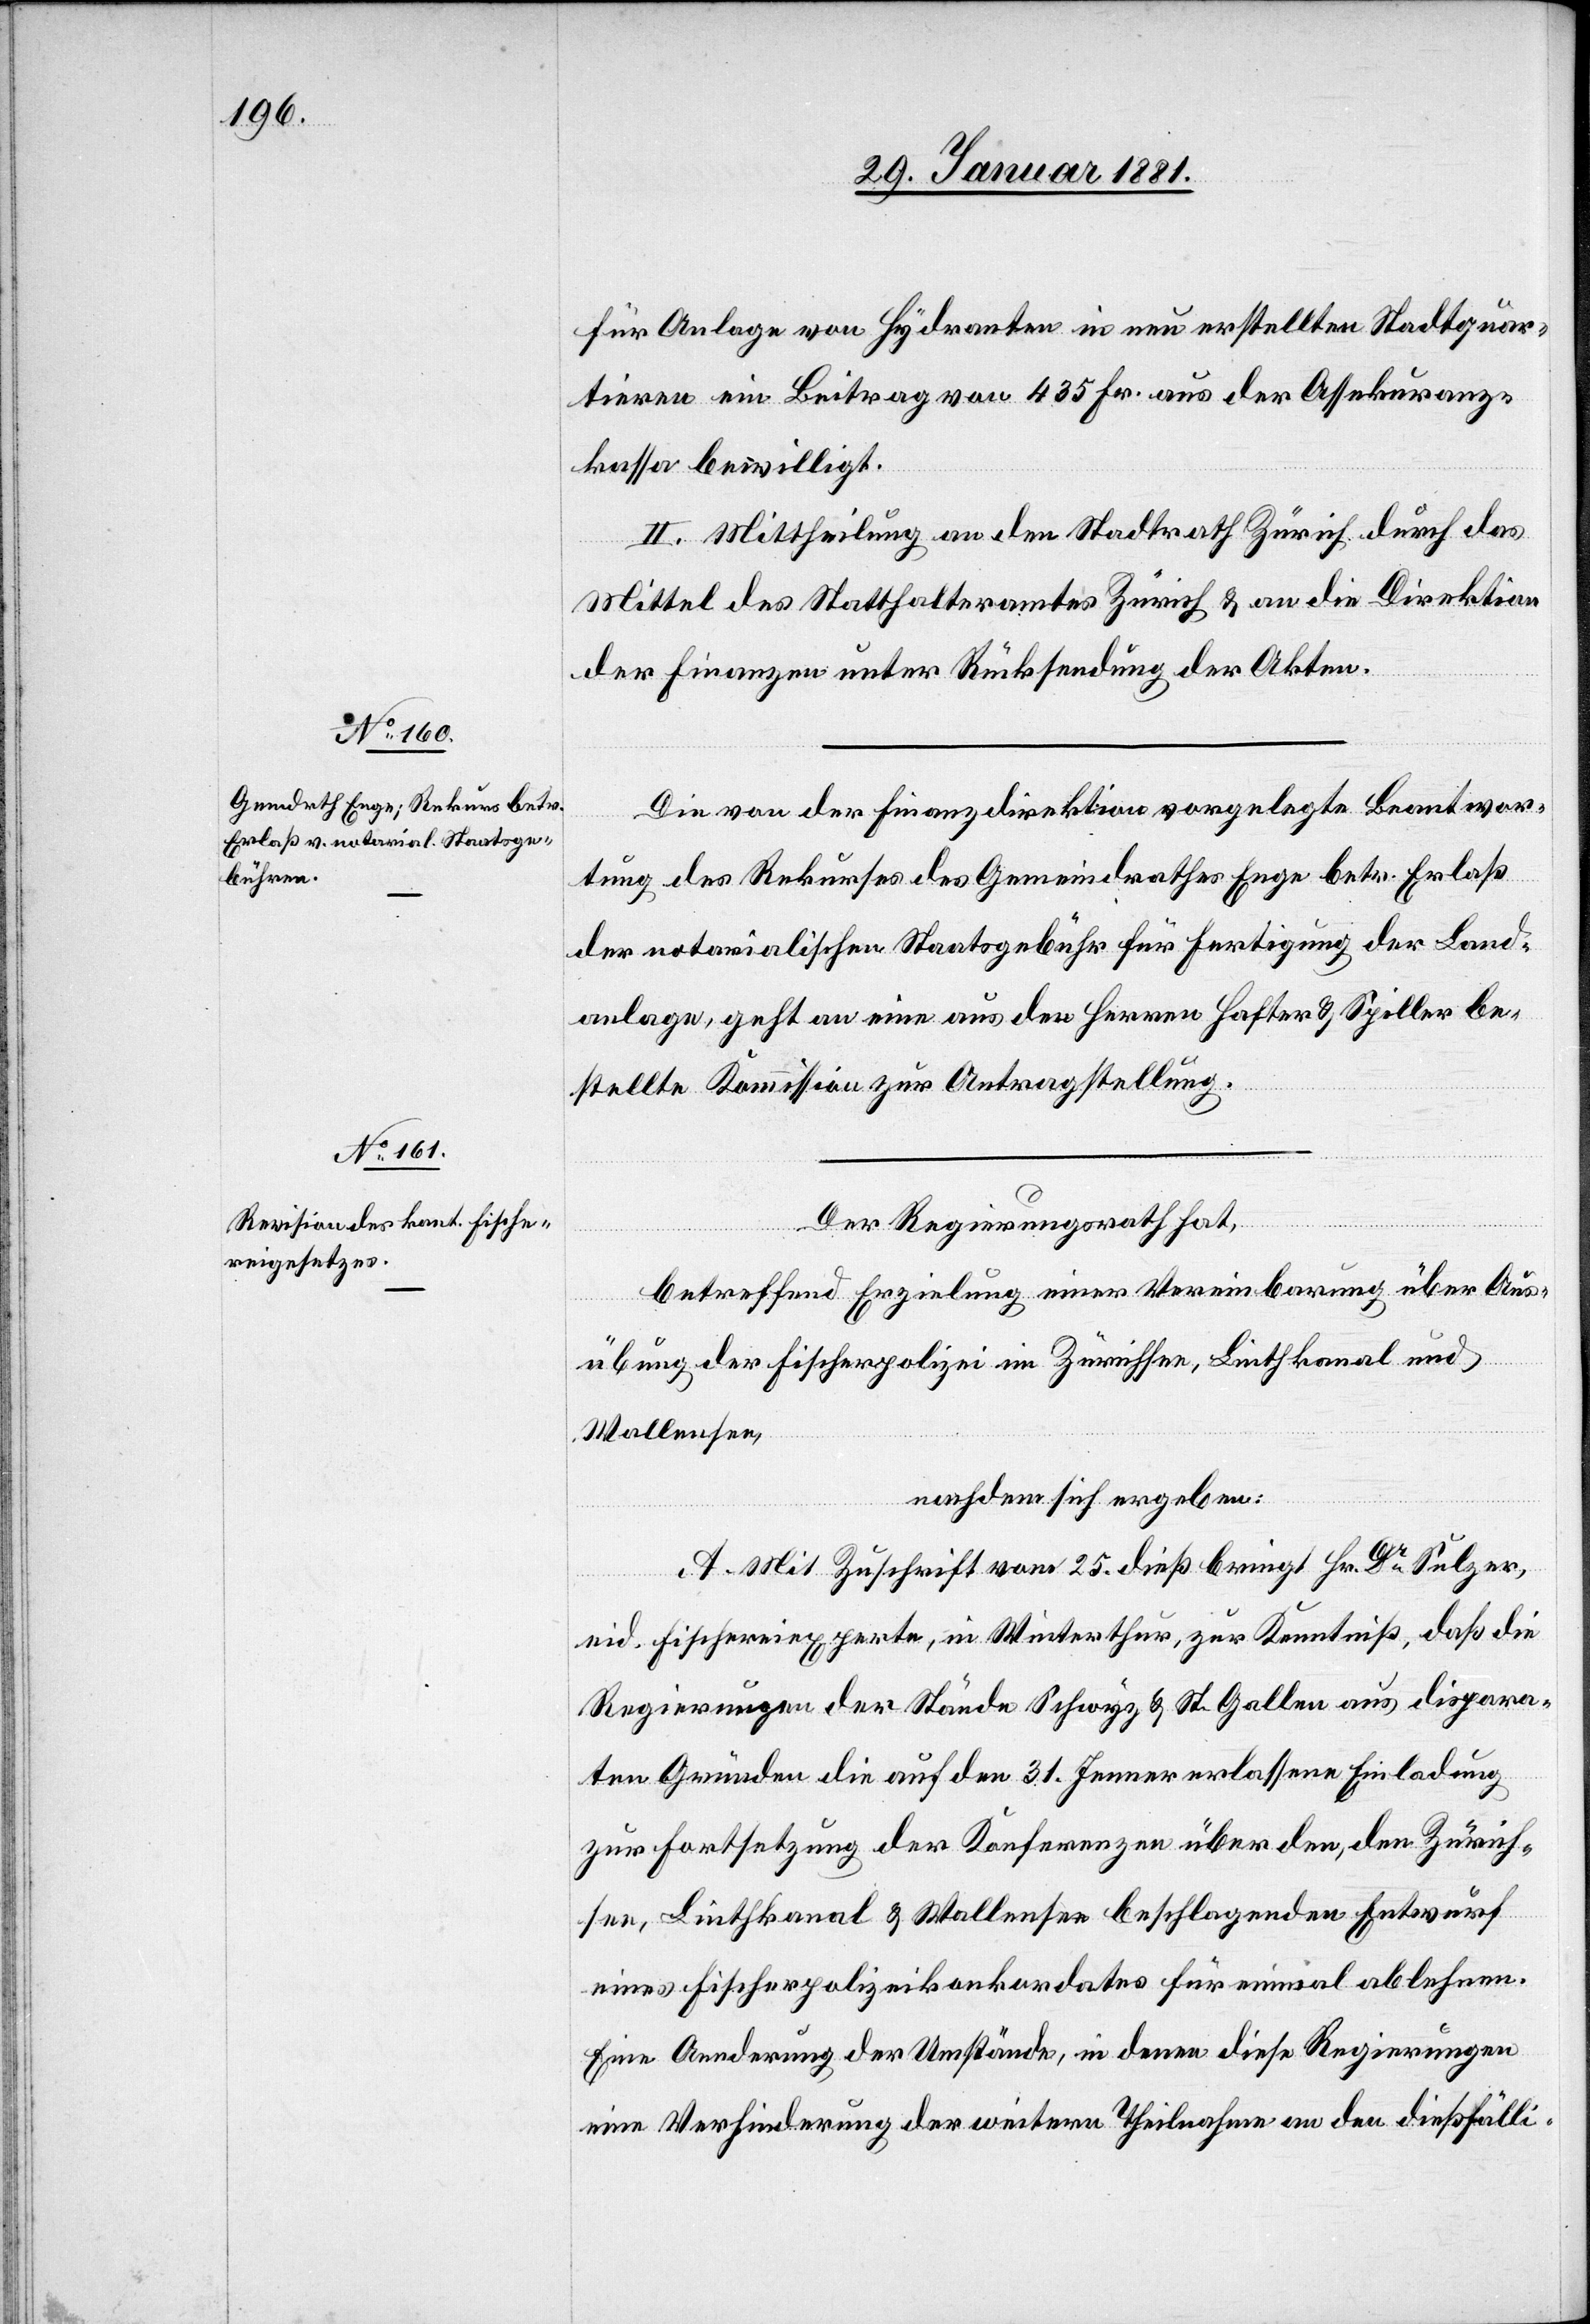
für Anlage von Hydranten in neu erstellten Stadtquar¬
tieren ein Beitrag von 435 Fr. aus der Assekuranz¬
kassa bewilligt.
II. Mittheilung an den Stadtrath Zürich durch das
Mittel des Statthalteramtes Zürich & an die Direktion
der Finanzen unter Rücksendung der Akten.
Die von der Finanzdirektion vorgelegte Beantwor¬
tung des Rekurses des Gemeindrathes Enge betr. Erlaß
der notarialischen Staatsgebühr für Fertigung der Land¬
anlage, geht an eine aus den Herren Hafter & Spiller be¬
stellte Kommission zur Antragstellung.
Der Regierungsrath hat,
betreffend Erzielung einer Vereinbarung über Aus¬
übung der Fischerpolizei im Zürichsee, Linthkanal und
Wallensee,
nachdem sich ergeben:
A. Mit Zuschrift von 25. dieß bringt Hr. Dr Sulzer,
eid. Fischereiexperte, in Winterthur, zur Kenntniß, daß die
Regierungen der Stände Schwyz & St. Gallen aus dispara¬
ten Gründen die auf den 31. Jenner erlassene Einladung
zur Fortsetzung der Konferenzen über den, den Zürich¬
see, Linthkanal & Wallensee beschlagenden Entwurf
eines Fischerpolizeikonkordates für einmal ablehnen.
Eine Aenderung der Umstände, in denen diese Regierungen
eine Verhinderung der weitern Theilnahme an den dießfälli-